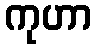
ကုဟာ